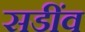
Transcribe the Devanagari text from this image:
सडींव